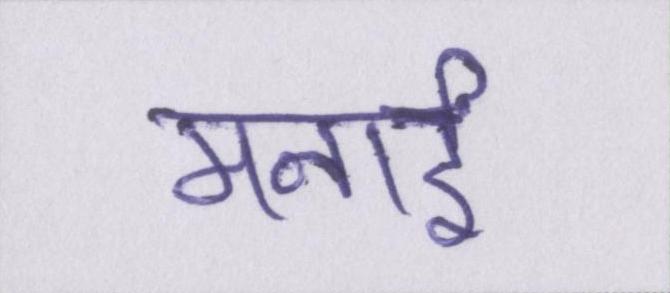
मनाई